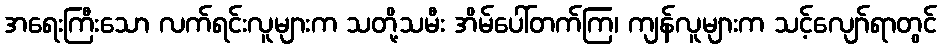
အရေးကြီးသော လက်ရင်းလူများက သတို့သမီး အိမ်ပေါ်တက်ကြ၊ ကျန်လူများက သင့်လျော်ရာတွင်